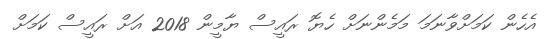
އެހެން ކަމަށްވާނަމަ މަމެންނަށް ހެޔޮ ރައީސް ޔާމީން 2018 އަށް ރައީސް ކަމަށް